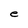
Character: e